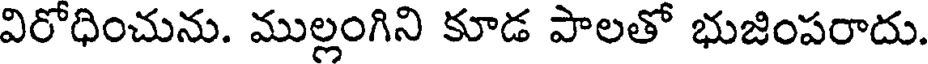
విరోధించును. ముల్లంగిని కూడ పాలతో భుజింపరాదు.